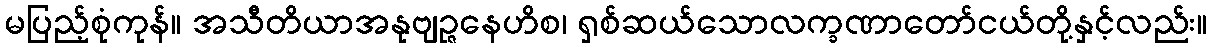
မပြည့်စုံကုန်။ အသီတိယာအနုဗျဉ္ဇနေဟိစ၊ ရှစ်ဆယ်သောလက္ခဏာတော်ငယ်တို့နှင့်လည်း။